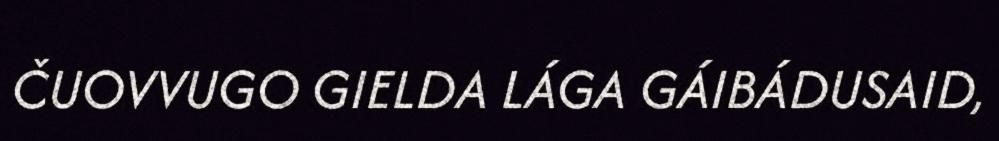
ČUOVVUGO GIELDA LÁGA GÁIBÁDUSAID,